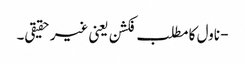
- ناول کا مطلب فکشن یعنی غیر حقیقی۔